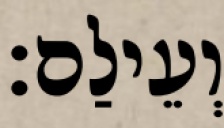
וְעֵילַם׃